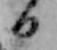
日